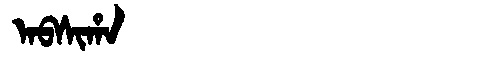
Manchu: ᠠᠪᠰᡳᡥᠠ
Romanization: ABSIHA